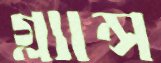
গ্ল্যান্স